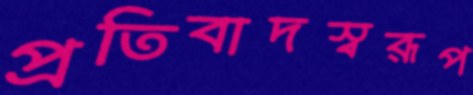
প্রতিবাদস্বরূপ